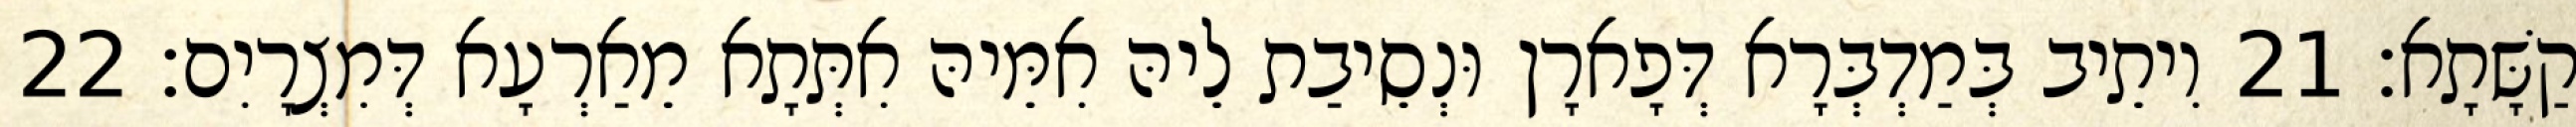
קַשָּׁתָא׃ 21 וִיתֵיב בְּמַדְבְּרָא דְּפָארָן וּנְסֵיבַת לֵיהּ אִמֵּיהּ אִתְּתָא מֵאַרְעָא דְּמִצְרָיִם׃ 22